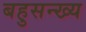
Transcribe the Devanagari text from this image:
बहुसन्ख्य